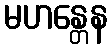
မဟန္တေန